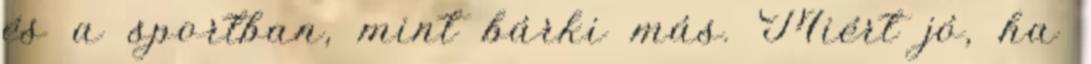
és a sportban, mint bárki más. Miért jó, ha